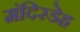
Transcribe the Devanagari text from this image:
मंदिरडेह